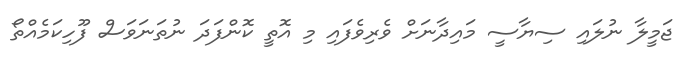
ޖަމީލާ ނުލައި ސިޔާސީ މައިދާނަށް ވެރިވެފައި މި އޮތީ ކޮންފަދަ ނުތަނަވަސް ފޫހިކަމެއްތޯ